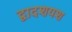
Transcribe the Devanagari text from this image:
द्वादशयश